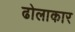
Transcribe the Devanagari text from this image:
ढोलाकार